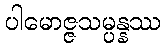
ပါမောဇ္ဇသမ္ပန္နဿ